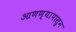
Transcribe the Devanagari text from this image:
आणण्यापासुन